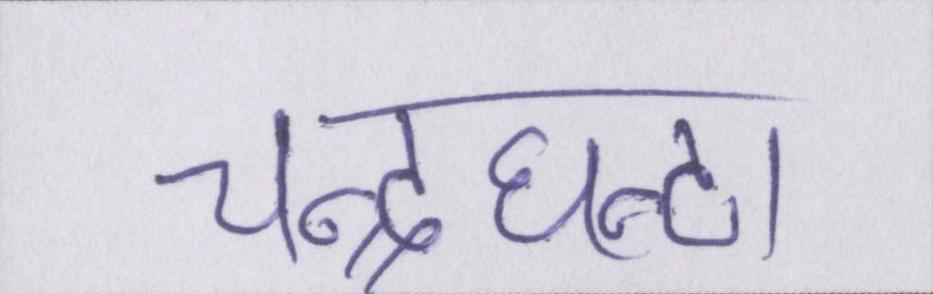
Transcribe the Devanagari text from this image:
चन्द्रघन्टा